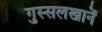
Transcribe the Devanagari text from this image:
गुस्सलखानें